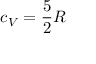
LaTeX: c _ { V } = { \frac { 5 } { 2 } } R